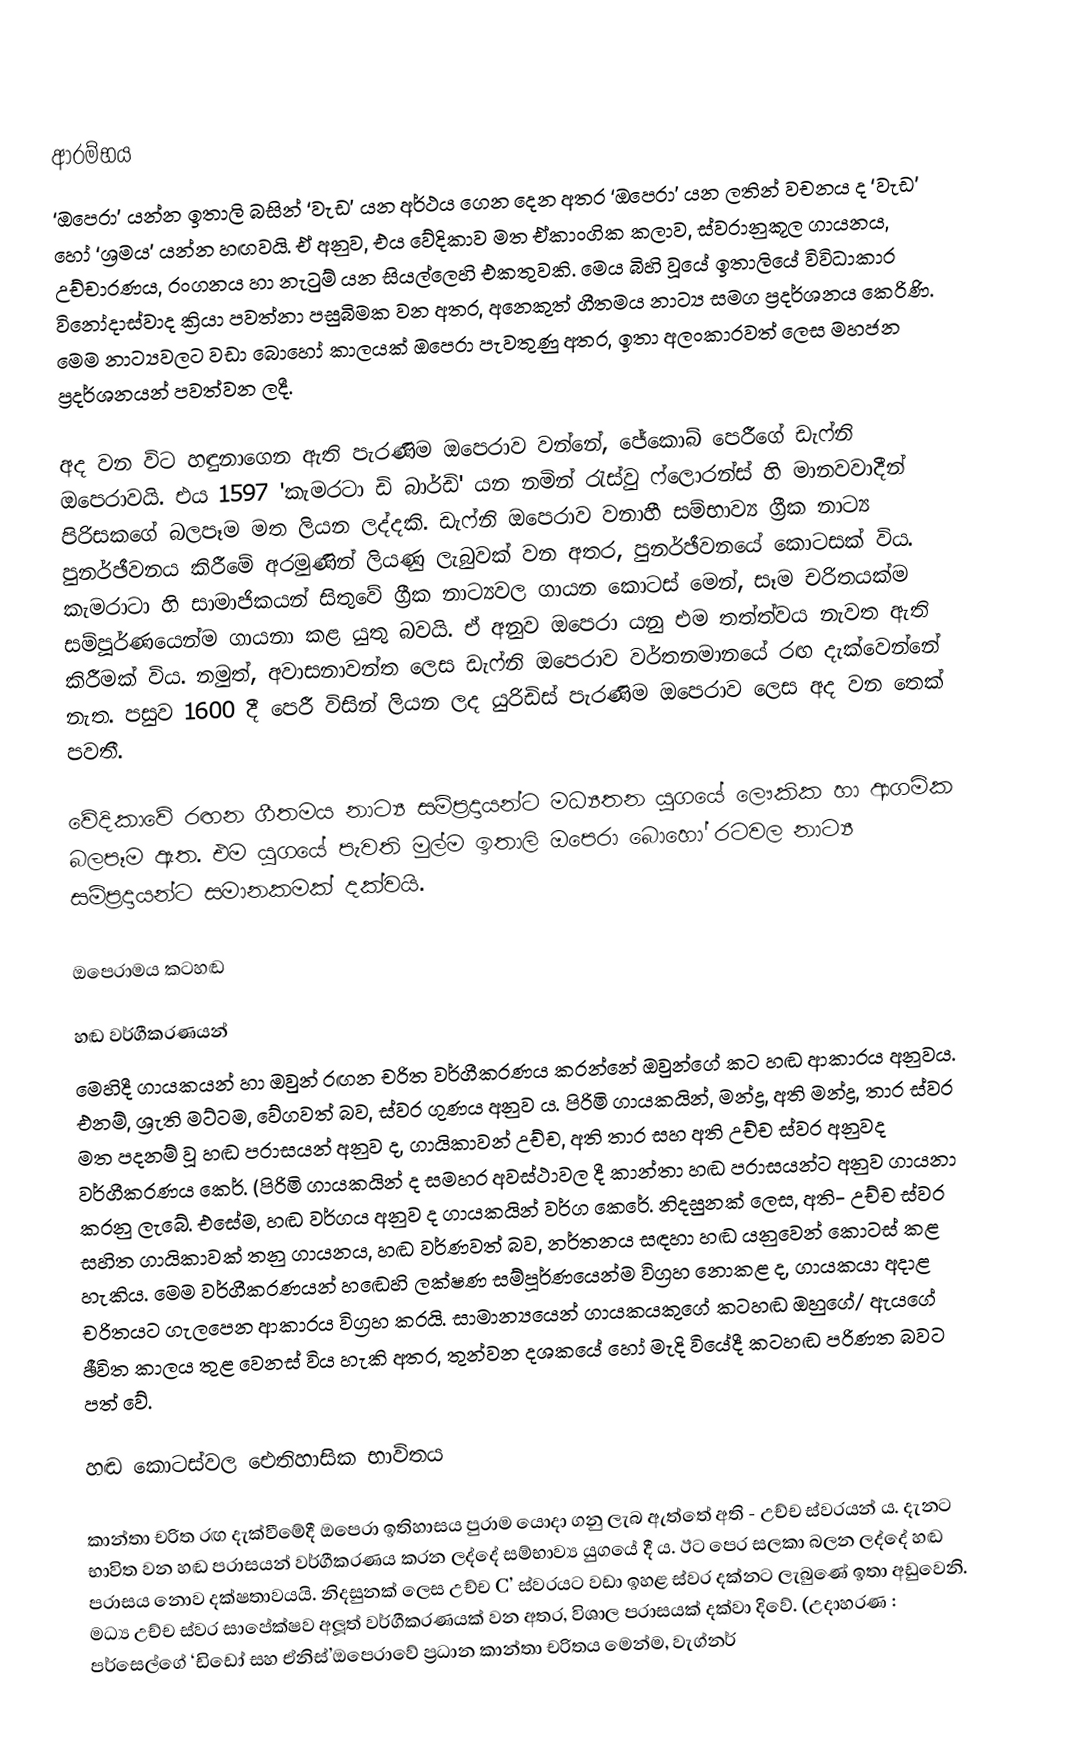

ආරම්භය
‘ඔපෙරා’ යන්න ඉතාලි බසින් ‘වැඩ’ යන අර්ථය ගෙන දෙන අතර ‘ඔපෙරා’ යන ලතින් වචනය ද ‘වැඩ’ හෝ ‘ශ්‍රමය’ යන්න හඟවයි. ඒ අනුව, එය වේදිකාව මත ඒකාංගික කලාව, ස්වරානුකූල ගායනය, උච්චාරණය, රංගනය හා නැටුම් යන සියල්ලෙහි එකතුවකි. මෙය බිහි වූයේ ඉතාලියේ විවිධාකාර විනෝදාස්වාද ක්‍රියා පවත්නා පසුබිමක වන අතර, අනෙකුත් ගීතමය නාට්‍ය සමග ප්‍රදර්ශනය කෙරිණි. මෙම නාට්‍යවලට  වඩා බොහෝ කාලයක් ඔපෙරා පැවතුණු අතර, ඉතා අලංකාරවත් ලෙස මහජන ප්‍රදර්ශනයන් පවත්වන ලදී.

අද වන විට හඳුනාගෙන ඇති පැරණිම ඔපෙරාව වන්නේ, ජේකොබ් පෙරීගේ ඩැෆ්නි ඔපෙරාවයි. එය 1597 'කැමරටා ඩි බාර්ඩි'  යන නමින් රැස්වු ෆ්ලොරන්ස් හි මානවවාදීන් පිරිසකගේ බලපෑම මත ලියන ලද්දකි. ඩැෆ්නි ඔපෙරාව වනාහී සම්භාව්‍ය ග්‍රීක නාට්‍ය පුනර්ඡීවනය කිරීමේ අරමුණින් ලියණු ලැබුවක් වන අතර, පුනර්ඡීවනයේ කොටසක් විය. කැමරාටා හි සාමාජිකයන් සිතුවේ ග්‍රීක නාට්‍යවල ගායන කොටස් මෙන්, සෑම චරිතයක්ම සම්පූර්ණයෙන්ම ගායනා කළ යුතු බවයි. ඒ අනුව ඔපෙරා යනු එම තත්ත්වය නැවත ඇති කිරීමක් විය. නමුත්, අවාසනාවන්ත ලෙස ඩැෆ්නි ඔපෙරාව වර්තනමානයේ රඟ දැක්වෙන්නේ නැත. පසුව 1600 දී පෙරී විසින් ලියන ලද යුරිඩිස් පැරණිම ඔපෙරාව ලෙස අද වන තෙක් පවතී.

වේදිකාවේ රඟන ගීතමය නාට්‍ය සම්ප්‍රදායන්ට මධ්‍යතන යුගයේ ලෞකික හා ආගමික බලපෑම ඇත. එම යුගයේ පැවති මුල්ම ඉතාලි ඔපෙරා බොහෝ රටවල නාට්‍ය සම්ප්‍රදායන්ට සමානකමක් දක්වයි.

ඔපෙරාමය කටහඬ

හඬ වර්ගීකරණයන්
මෙහිදී ගායකයන් හා ඔවුන් රඟන චරිත වර්ගීකරණය කරන්නේ ඔවුන්ගේ කට හඬ ආකාරය අනුවය. එනම්, ශ්‍රැති මට්ටම, වේගවත් බව, ස්වර ගුණය අනුව ය. පිරිමි ගායකයින්, මන්ද්‍ර, අති මන්ද්‍ර, තාර ස්වර මත පදනම් වූ හඬ පරාසයන් අනුව ද, ගායිකාවන් උච්ච, අති තාර සහ අති උච්ච ස්වර අනුවද වර්ගීකරණය කෙර්. (පිරිමි ගායකයින් ද සමහර අවස්ථාවල දී කාන්තා හඬ පරාසයන්ට අනුව ගායනා කරනු ලැබේ. එසේම, හඬ වර්ගය අනුව ද ගායකයින් වර්ග කෙරේ. නිදසුනක් ලෙස, අති- උච්ච ස්වර සහිත ගායිකාවක් තනු ගායනය, හඬ වර්ණවත් බව, නර්තනය සඳහා හඬ යනුවෙන් කොටස් කළ හැකිය. මෙම වර්ගීකරණයන් හඬෙහි ලක්ෂණ සම්පූර්ණයෙන්ම විග්‍රහ නොකළ ද, ගායකයා අදාළ චරිතයට ගැලපෙන ආකාරය විග්‍රහ කරයි. සාමාන්‍යයෙන් ගායකයකුගේ කටහඬ ඔහුගේ/ ඇයගේ ඡීවිත කාලය තුළ වෙනස් විය හැකි අතර, තුන්වන දශකයේ හෝ මැදි වියේදී කටහඬ පරිණත බවට පත් වේ.

හඬ කොටස්වල ඓතිහාසික භාවිතය

කාන්තා චරිත රඟ දැක්වීමේදී ඔපෙරා ඉතිහාසය පුරාම යොදා ගනු ලැබ ඇත්තේ අති - උච්ච ස්වරයන් ය. දැනට භාවිත වන හඬ පරාසයන් වර්ගීකරණය කරන ලද්දේ සම්භාව්‍ය යුගයේ දී ය. ඊට පෙර සලකා බලන ලද්දේ හඬ පරාසය නොව දක්ෂතාවයයි. නිදසුනක් ලෙස උච්ච C’ ස්වරයට වඩා ඉහළ ස්වර දක්නට ලැබුණේ ඉතා අඩුවෙනි. මධ්‍ය උච්ච ස්වර සාපේක්ෂව අලූත් වර්ගීකරණයක් වන අතර, විශාල පරාසයක් දක්වා දිවේ. (උදාහරණ : පර්සෙල්ගේ ‘ඩිඩෝ සහ ඒනිස්’ඔපෙරාවේ ප්‍රධාන කාන්තා චරිතය මෙන්ම, වැග්නර්